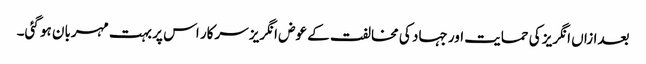
بعدازاں انگریز کی حمایت اور جہاد کی مخالفت کے عوض انگریز سرکار اس پر بہت مہربان ہو گئی۔